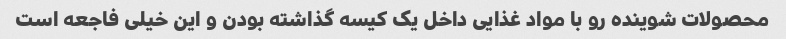
محصولات شوینده رو با مواد غذایی داخل یک کیسه گذاشته بودن و این خیلی فاجعه است